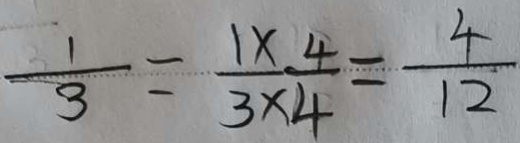
\frac { 1 } { 3 } = \frac { 1 \times 4 } { 3 \times 4 } = \frac { 4 } { 1 2 }